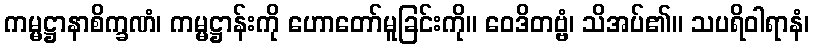
ကမ္မဋ္ဌာနာစိက္ခဏံ၊ ကမ္မဋ္ဌာန်းကို ဟောတော်မူခြင်းကို။ ဝေဒိတဗ္ဗံ၊ သိအပ်၏။ သပရိဝါရာနံ၊